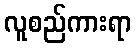
လူစည်ကားရာ